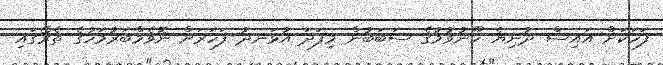
ފަހަކަށް އައިސް ދުނިޔެ ހޫނުވުމުގެ ސަބަބުން މިފަދަ އުޅަނދު ފަހަރަށް ނޮވެމްބަރުމަހުގެ ތެރޭގައި